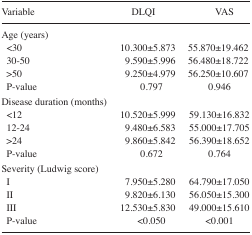
<table><thead><tr><td><b>Variable</b></td><td><b>DLQI</b></td><td><b>VAS</b></td></tr></thead><tbody><tr><td>Age (years)</td><td></td><td></td></tr><tr><td>&lt;30</td><td>10.300±5.873</td><td>55.870±19.462</td></tr><tr><td>30–50</td><td>9.590±5.996</td><td>56.480±18.722</td></tr><tr><td>&gt;50</td><td>9.250±4.979</td><td>56.250±10.607</td></tr><tr><td>P-value</td><td>0.797</td><td>0.946</td></tr><tr><td>Disease duration (months)</td><td></td><td></td></tr><tr><td>&lt;12</td><td>10.520±5.999</td><td>59.130±16.832</td></tr><tr><td>12–24</td><td>9.480±6.583</td><td>55.000±17.705</td></tr><tr><td>&gt;24</td><td>9.860±5.842</td><td>56.390±18.652</td></tr><tr><td>P-value</td><td>0.672</td><td>0.764</td></tr><tr><td>Severity (Ludwig score)</td><td></td><td></td></tr><tr><td>I</td><td>7.950±5.280</td><td>64.790±17.050</td></tr><tr><td>II</td><td>9.820±6.130</td><td>56.050±15.300</td></tr><tr><td>III</td><td>12.530±5.830</td><td>49.000±15.610</td></tr><tr><td>P-value</td><td>&lt;0.050</td><td>&lt;0.001</td></tr></tbody></table>